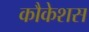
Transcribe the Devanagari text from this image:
कौकेशस